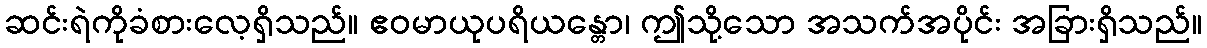
ဆင်းရဲကိုခံစားလေ့ရှိသည်။ ဧဝမာယုပရိယန္တော၊ ဤသို့သော အသက်အပိုင်း အခြားရှိသည်။